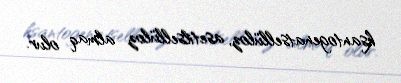
ksantogenatsellüloz, asetilsellüloz almaq olur.